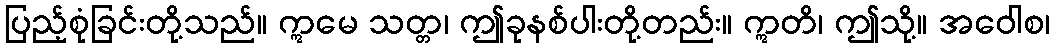
ပြည့်စုံခြင်းတို့သည်။ ဣမေ သတ္တ၊ ဤခုနစ်ပါးတို့တည်း။ ဣတိ၊ ဤသို့။ အဝေါစ၊